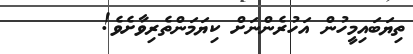
ތިޔަބައިމީހުން އަހުރެންނަށް ކިޔަމަންތެރިވާށެވެ!